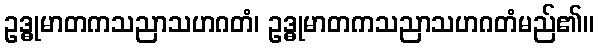
ဥဒ္ဓုမာတကသညာသဟဂတံ၊ ဥဒ္ဓုမာတကသညာသဟဂတံမည်၏။